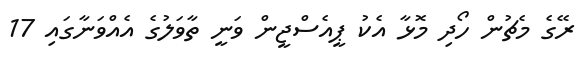
ރޭގެ މެޗުން ހޯދި މޮޅާ އެކު ޕީއެސްޖީން ވަނީ ތާވަލުގެ އެއްވަނާގައި 17